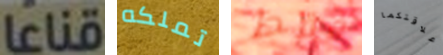
قناعا تملكه فقط علاقتكما